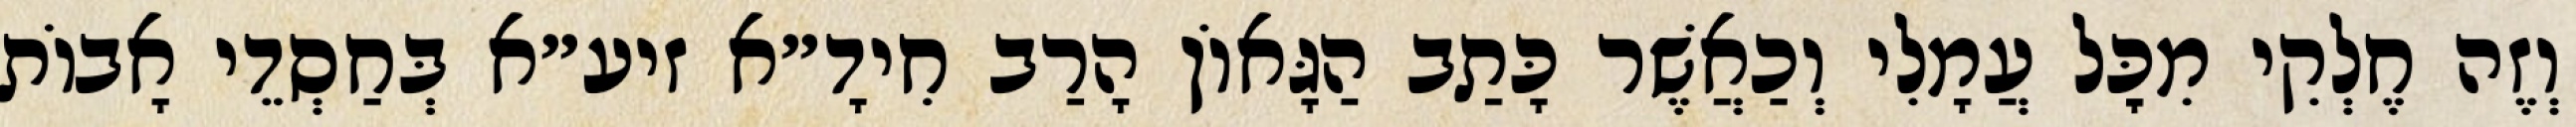
וְזֶה חֶלְקִי מִכׇּל עֲמָלִי וְכַאֲשֶׁר כָּתַב הַגָּאוֹן הָרַב חִידָ״א זיע״א בְּחַסְדֵי אָבוֹת